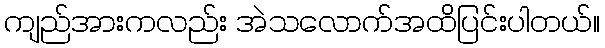
ကျည်အားကလည်း အဲသလောက်အထိပြင်းပါတယ်။